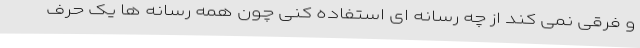
و فرقی نمی کند از چه رسانه ای استفاده کنی چون همه رسانه ها یک حرف